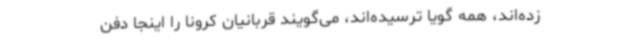
زده‌اند، همه گویا ترسیده‌اند، می‌گویند قربانیان کرونا را اینجا دفن